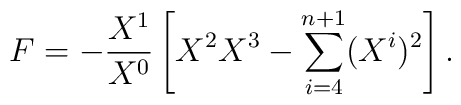
F=-{{X^1}\over{X^0}}\left[X^2X^3-\sum^{n+1}_{i=4}(X^i)^2\right].